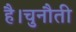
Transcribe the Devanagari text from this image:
है।चुनौती